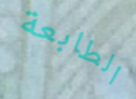
الطابعة